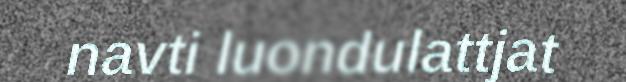
navti luondulattjat